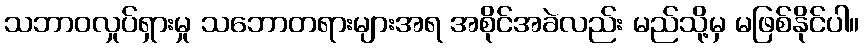
သဘာဝလှုပ်ရှားမှု သဘောတရားများအရ အစိုင်အခဲလည်း မည်သို့မှ မဖြစ်နိုင်ပါ။